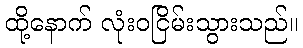
ထို့နောက် လုံးဝငြိမ်းသွားသည်။